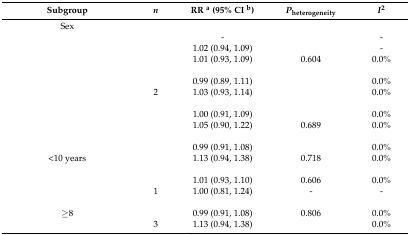
<table><thead><tr><td><b>Subgroup</b></td><td><b><i>n</i></b></td><td><b>RR <sup>a</sup> (95% CI <sup>b</sup>)</b></td><td><b><i>P</i><sub>heterogeneity</sub></b></td><td><b><i>I</i><sup>2</sup></b></td></tr></thead><tbody><tr><td>Sex</td><td colspan="4">[EMPTY_CELL]</td></tr><tr><td>[EMPTY_CELL]</td><td>[EMPTY_CELL]</td><td>-</td><td>[EMPTY_CELL]</td><td>-</td></tr><tr><td>[EMPTY_CELL]</td><td>[EMPTY_CELL]</td><td>1.02 (0.94, 1.09)</td><td>[EMPTY_CELL]</td><td>-</td></tr><tr><td>[EMPTY_CELL]</td><td>[EMPTY_CELL]</td><td>1.01 (0.93, 1.09)</td><td>0.604</td><td>0.0%</td></tr><tr><td>[EMPTY_CELL]</td><td colspan="4">[EMPTY_CELL]</td></tr><tr><td>[EMPTY_CELL]</td><td>[EMPTY_CELL]</td><td>0.99 (0.89, 1.11)</td><td>[EMPTY_CELL]</td><td>0.0%</td></tr><tr><td>[EMPTY_CELL]</td><td>2</td><td>1.03 (0.93, 1.14)</td><td>[EMPTY_CELL]</td><td>0.0%</td></tr><tr><td>[EMPTY_CELL]</td><td colspan="4">[EMPTY_CELL]</td></tr><tr><td>[EMPTY_CELL]</td><td>[EMPTY_CELL]</td><td>1.00 (0.91, 1.09)</td><td>[EMPTY_CELL]</td><td>0.0%</td></tr><tr><td>[EMPTY_CELL]</td><td>[EMPTY_CELL]</td><td>1.05 (0.90, 1.22)</td><td>0.689</td><td>0.0%</td></tr><tr><td>[EMPTY_CELL]</td><td colspan="4">[EMPTY_CELL]</td></tr><tr><td>[EMPTY_CELL]</td><td>[EMPTY_CELL]</td><td>0.99 (0.91, 1.08)</td><td>[EMPTY_CELL]</td><td>0.0%</td></tr><tr><td>&lt;10 years</td><td>[EMPTY_CELL]</td><td>1.13 (0.94, 1.38)</td><td>0.718</td><td>0.0%</td></tr><tr><td>[EMPTY_CELL]</td><td colspan="4">[EMPTY_CELL]</td></tr><tr><td>[EMPTY_CELL]</td><td>[EMPTY_CELL]</td><td>1.01 (0.93, 1.10)</td><td>0.606</td><td>0.0%</td></tr><tr><td>[EMPTY_CELL]</td><td>1</td><td>1.00 (0.81, 1.24)</td><td>-</td><td>-</td></tr><tr><td>[EMPTY_CELL]</td><td colspan="4">[EMPTY_CELL]</td></tr><tr><td>≥8</td><td>[EMPTY_CELL]</td><td>0.99 (0.91, 1.08)</td><td>0.806</td><td>0.0%</td></tr><tr><td>[EMPTY_CELL]</td><td>3</td><td>1.13 (0.94, 1.38)</td><td>[EMPTY_CELL]</td><td>0.0%</td></tr></tbody></table>